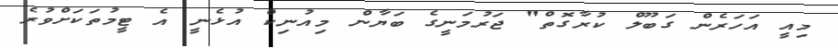
މިއީ އަހަރެން ގަބޫލް ކުރާގޮތް" ޖަރުމަނީގެ ބަޔާން މިއުނިކް އުޅެނީ އެ ޓީމުތަކަށްވުރެ